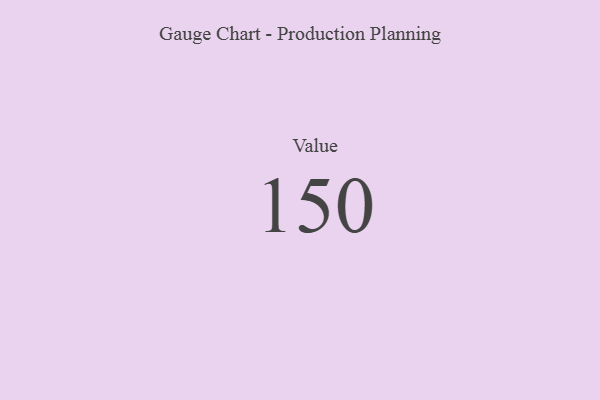
{"axis": {"x": "Metric", "y": "Value"}, "legend": [""], "data": [{"x": "Value", "y": 150, "type": ""}]}